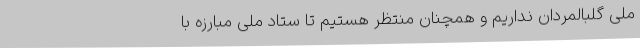
ملی گلبالمردان نداریم و همچنان منتظر هستیم تا ستاد ملی مبارزه با